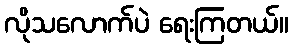
လိုသလောက်ပဲ ရေးကြတယ်။